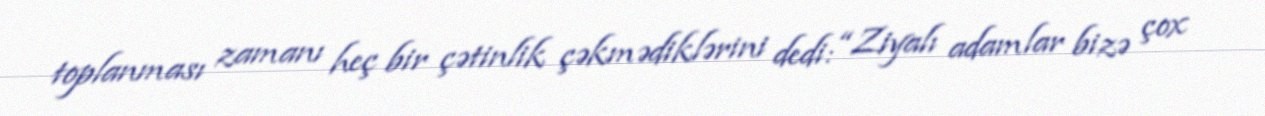
toplanması zamanı heç bir çətinlik çəkmədiklərini dedi: “Ziyalı adamlar bizə çox